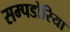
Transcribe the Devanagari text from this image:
सम्पडोरिया